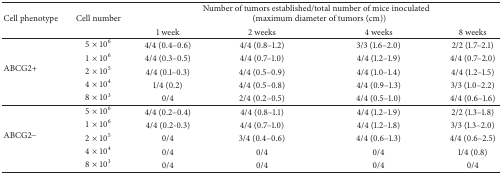
<table><thead><tr><td rowspan="2"><b>Cell phenotype</b></td><td rowspan="2"><b>Cell number</b></td><td colspan="4"><b>Number of tumors established/total number of mice inoculated (maximum diameter of tumors (cm))</b></td></tr><tr><td><b>1 week</b></td><td><b>2 weeks</b></td><td><b>4 weeks</b></td><td><b>8 weeks</b></td></tr></thead><tbody><tr><td rowspan="5">ABCG2+</td><td>5 × 10<sup>6</sup></td><td>4/4 (0.4–0.6)</td><td>4/4 (0.8–1.2)</td><td>3/3 (1.6–2.0)</td><td>2/2 (1.7–2.1)</td></tr><tr><td>1 × 10<sup>6</sup></td><td>4/4 (0.3–0.5)</td><td>4/4 (0.7–1.0)</td><td>4/4 (1.2–1.9)</td><td>4/4 (0.7–2.0)</td></tr><tr><td>2 × 10<sup>5</sup></td><td>4/4 (0.1–0.3)</td><td>4/4 (0.5–0.9)</td><td>4/4 (1.0–1.4)</td><td>4/4 (1.2–1.5)</td></tr><tr><td>4 × 10<sup>4</sup></td><td>1/4 (0.2)</td><td>4/4 (0.5–0.8)</td><td>4/4 (0.9–1.3)</td><td>3/3 (1.0–2.2)</td></tr><tr><td>8 × 10<sup>3</sup></td><td>0/4</td><td>2/4 (0.2–0.5)</td><td>4/4 (0.5–1.0)</td><td>4/4 (0.6–1.6)</td></tr><tr><td rowspan="5">ABCG2−</td><td>5 × 10<sup>6</sup></td><td>4/4 (0.2–0.4)</td><td>4/4 (0.8–1.1)</td><td>4/4 (1.2–1.9)</td><td>2/2 (1.3–1.8)</td></tr><tr><td>1 × 10<sup>6</sup></td><td>4/4 (0.2-0.3)</td><td>4/4 (0.7–1.0)</td><td>4/4 (1.2–1.8)</td><td>3/3 (1.3–2.0)</td></tr><tr><td>2 × 10<sup>5</sup></td><td>0/4</td><td>3/4 (0.4–0.6)</td><td>4/4 (0.6–1.3)</td><td>4/4 (0.6–2.5)</td></tr><tr><td>4 × 10<sup>4</sup></td><td>0/4</td><td>0/4</td><td>0/4</td><td>1/4 (0.8)</td></tr><tr><td>8 × 10<sup>3</sup></td><td>0/4</td><td>0/4</td><td>0/4</td><td>0/4</td></tr></tbody></table>